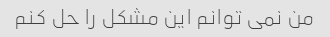
من نمی توانم این مشکل را حل کنم